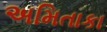
અમિતાકા